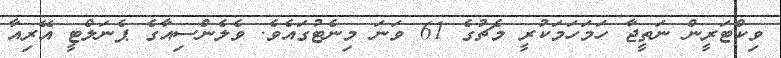
ވިކްޓަރީން ނަތީޖާ ހަމަހަމަކުރީ މެޗުގެ 61 ވަނަ މިނެޓުގައެވެ. ވެލެންސިއާގެ ޕެނަލްޓީ އޭރިއާ